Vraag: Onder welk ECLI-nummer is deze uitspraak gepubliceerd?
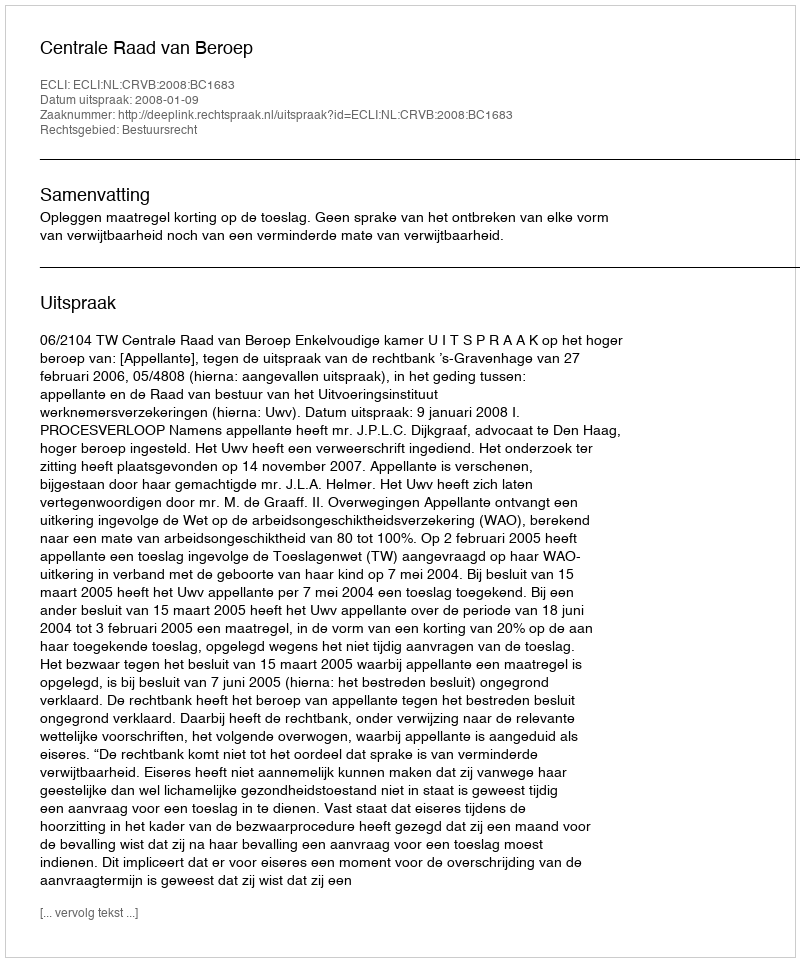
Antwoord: ECLI:NL:CRVB:2008:BC1683